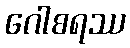
ဂေါစရဿ